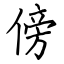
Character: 傍